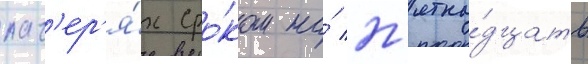
лаг'ер'я́х сро́ком на́ п'ятна́дцать